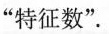
”特征数”.